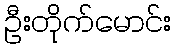
ဦးတိုက်မောင်း